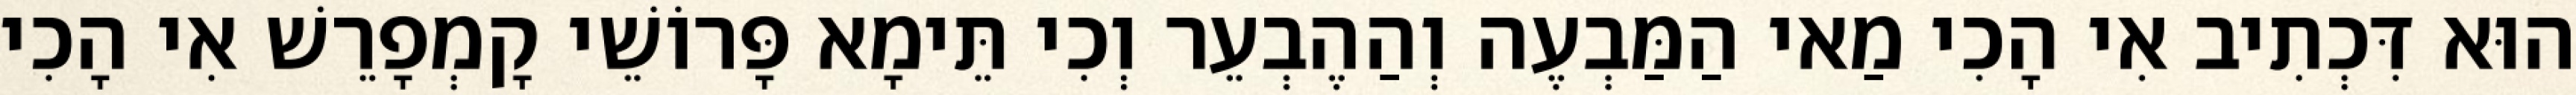
הוּא דִּכְתִיב אִי הָכִי מַאי הַמַּבְעֶה וְהַהֶבְעֵר וְכִי תֵּימָא פָּרוֹשֵׁי קָמְפָרֵשׁ אִי הָכִי